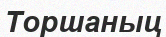
Торшаныц